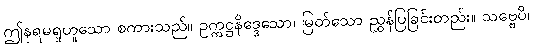
ဤနရမရူဟူသော စကားသည်။ ဥက္ကဋ္ဌနိဒ္ဒေသော၊ မြတ်သော ညွှန်ပြခြင်းတည်း။ သဗ္ဗေပိ၊